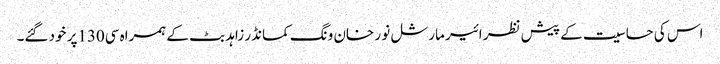
اس کی حساسیت کے پیش نظر ائیر مارشل نو ر خان ونگ کمانڈر زاہد بٹ کے ہمراہ سی130پر خود گئے۔